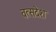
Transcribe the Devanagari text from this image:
वत्सदेश